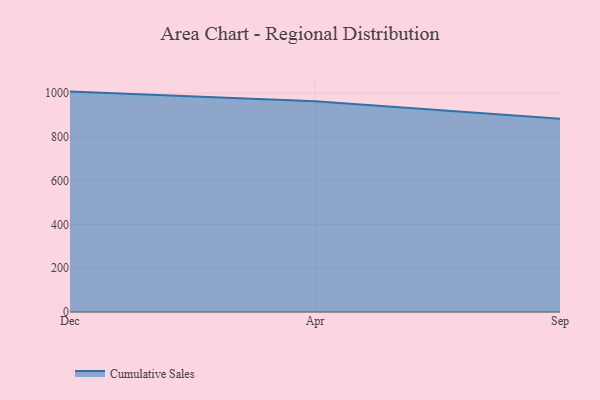
{"axis": {"x": "Month", "y": "LTV (USD)"}, "legend": ["Cumulative Sales"], "data": [{"x": "Dec", "y": 1007.4, "type": "Cumulative Sales"}, {"x": "Apr", "y": 963.8, "type": "Cumulative Sales"}, {"x": "Sep", "y": 883.4, "type": "Cumulative Sales"}]}